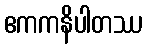
ဧကကနိပါတဿ